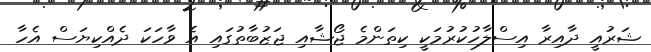
ޝަރުއީ ދާއިރާ އިސްލާހުކުރުމަކީ ކިތަންމެ ޖޯޝާއި ޖަޒުބާތުގައި އެ ވާހަކަ ދެއްކިޔަސް އެހާ